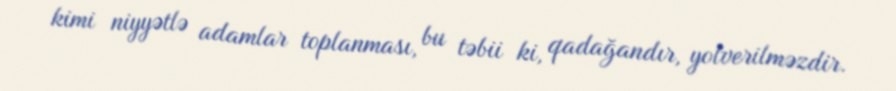
kimi niyyətlə adamlar toplanması, bu təbii ki, qadağandır, yolverilməzdir.